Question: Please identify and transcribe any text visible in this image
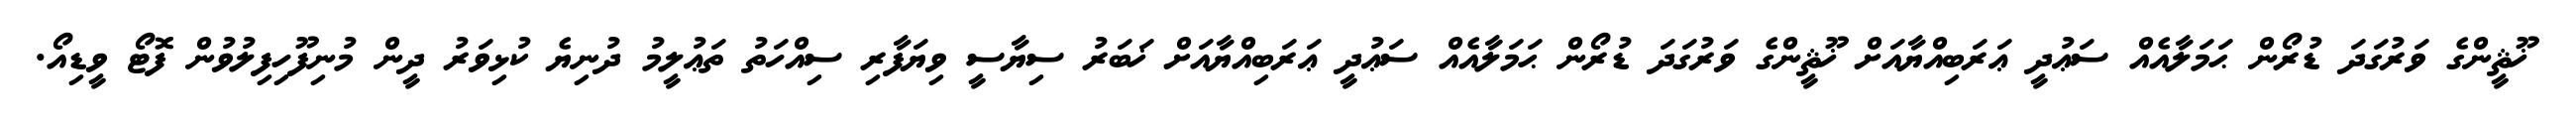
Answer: ޚޫޘީންގެ ވަރުގަދަ ޑުރޯން ޙަމަލާއެއް ސަޢުދީ ޢަރަބިއްޔާއަށް ޚޫޘީންގެ ވަރުގަދަ ޑުރޯން ޙަމަލާއެއް ސަޢުދީ ޢަރަބިއްޔާއަށް ޚަބަރު ސިޔާސީ ވިޔަފާރި ސިއްހަތު ތަޢުލީމު ދުނިޔެ ކުޅިވަރު ދީން މުނިފޫހިފިލުވުން ފޮޓޯ ވީޑިއޯ.